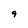
Character: g